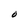
Character: O